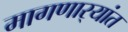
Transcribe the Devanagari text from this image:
मागणार्‍यांत